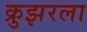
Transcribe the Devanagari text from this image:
क्रुझरला